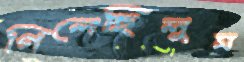
গিলেছিলুম